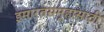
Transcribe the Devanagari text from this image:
इमारतसमूहासाठी